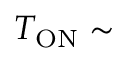
T _ { \mathrm { O N } } \sim